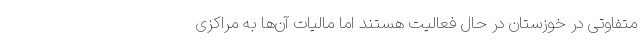
متفاوتی در خوزستان در حال فعالیت هستند اما مالیات آن‌ها به مراکزی